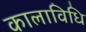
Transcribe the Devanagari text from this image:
कालाविधि